Civil Veterinary Dept. Assam report 1927-50 - 1927-1950
Year: 1927
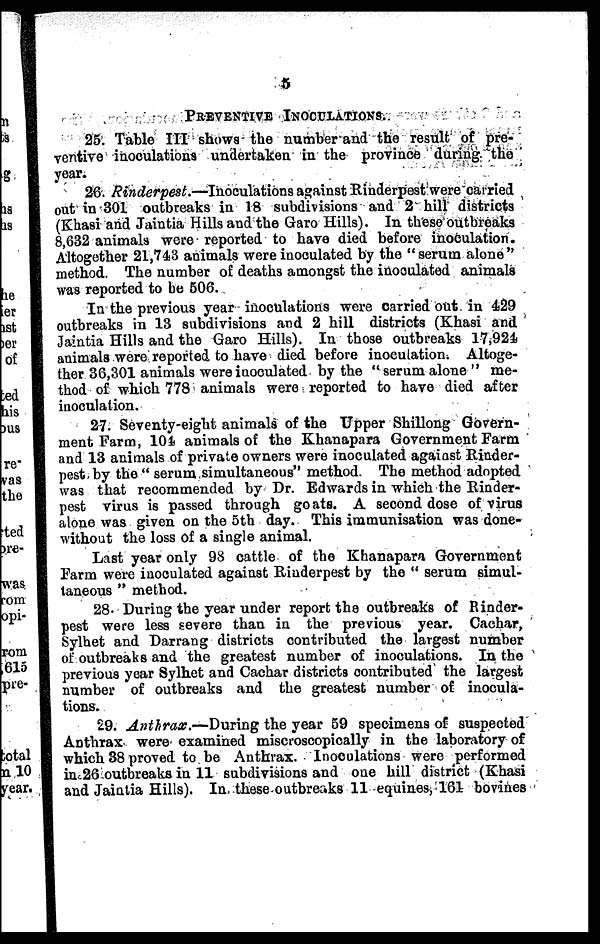
5
PREVENTIVE INOCULATIONS.
25. Table III shows the number and the result of pre-
ventive inoculations undertaken in the province during the
year.
26. Rinderpest.—Inoculations against Rinderpest were carried
out in 301 outbreaks in 18 subdivisions and 2 hill districts
(Khasi and Jaintia Hills and the Garo Hills). In these outbreaks
8,632 animals were reported to have died before inoculation.
Altogether 21,743 animals were inoculated by the "serum alone"
method. The number of deaths amongst the inoculated animals
was reported to be 506.
In the previous year inoculations were carried out in 429
outbreaks in 13 subdivisions and 2 hill districts (Khasi and
Jaintia Hills and the Garo Hills). In those outbreaks 17,924
animals were reported to have died before inoculation. Altoge-
ther 36,301 animals were inoculated by the "serum alone" me-
thod of which 778 animals were reported to have died after
inoculation.
27. Seventy-eight animals of the Upper Shillong Govern-
ment Farm, 104 animals of the Khanapara Government Farm
and 13 animals of private owners were inoculated against Rinder-
pest by the " serum simultaneous" method. The method adopted
was that recommended by Dr. Edwards in which the Rinder-
pest virus is passed through goats. A second dose of virus
alone was given on the 5th day. This immunisation was done-
without the loss of a single animal.
Last year only 98 cattle of the Khanapara Government
Farm were inoculated against Rinderpest by the " serum simul-
taneous " method.
28. During the year under report the outbreaks of Rinder-
pest were less severe than in the previous year. Cachar,
Sylhet and Darrang districts contributed the largest number
of outbreaks and the greatest number of inoculations. In the
previous year Sylhet and Cachar districts contributed the largest
number of outbreaks and the greatest number of inocula-
tions.
29. Anthrax.—During the year 59 specimens of suspected
Anthrax were examined miscroscopically in the laboratory of
which 38 proved to be Anthrax. Inoculations were performed
in 26 outbreaks in 11 subdivisions and one hill district (Khasi
and Jaintia Hills). In these outbreaks 11 equines, 161 bovines